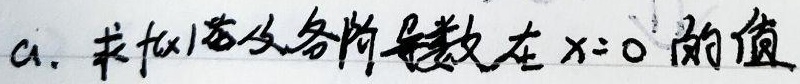
$a$. 求$f(x)$ 及各阶导数在 $x = 0$ 的值